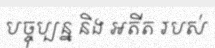
បច្ចុប្បន្ន និង អតីត របស់